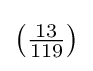
\left({\tfrac {13}{119}}\right)